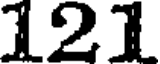
121